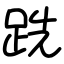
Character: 跣